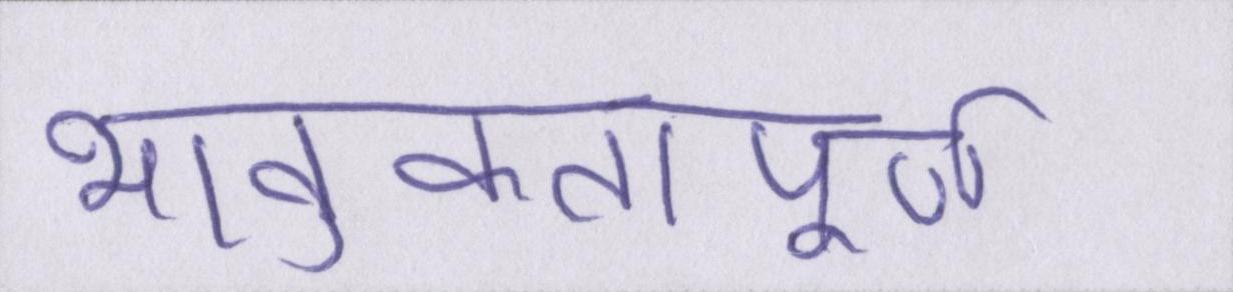
भावुकतापूर्ण